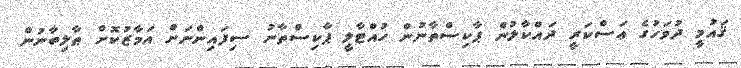
ޤައުމީ ދުވަހުގެ ޢަސްކަރީ ދައްކާލުން ޕާކިސްތާނުން ހުއްޓާލީ ޕާކިސްތާނު ސިފައިންނަށް އަމާޒުކޮށް ޠާލިބާނުން